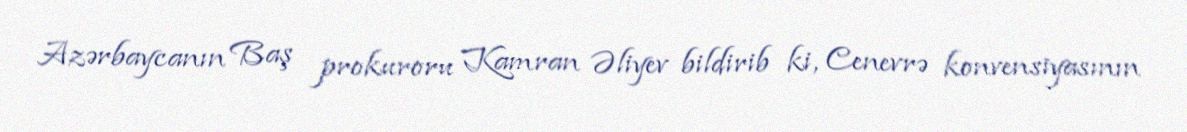
Azərbaycanın Baş prokuroru Kamran Əliyev bildirib ki, Cenevrə konvensiyasının